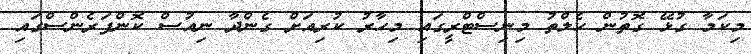
މިކަމާ ގުޅޭ ގޮތުން ހެލްތު މިނިސްޓްރީގައި މިހާރު ކުރިއަށް ގެންދާ ނިއުސް ކޮންފަރެންސްގައި